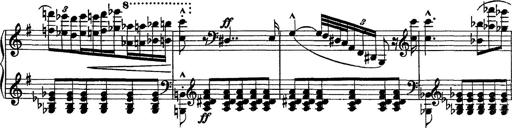
Title: Piano Sonata
Composer: Karl HÃ¤ssler
Key: C major